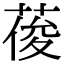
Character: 葰